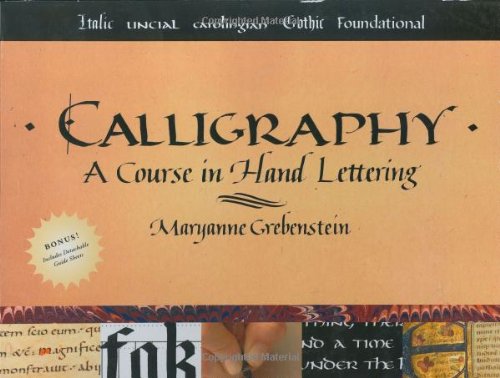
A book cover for Calligraphy: A Course in Hand Lettering; Maryanne Grebenstein; Arts & Photography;